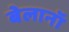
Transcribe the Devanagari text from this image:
बेलानॉ